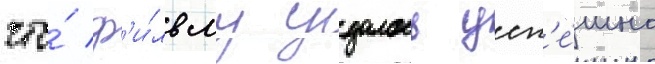
что́ ф'и́льму удалось усп'е́шно